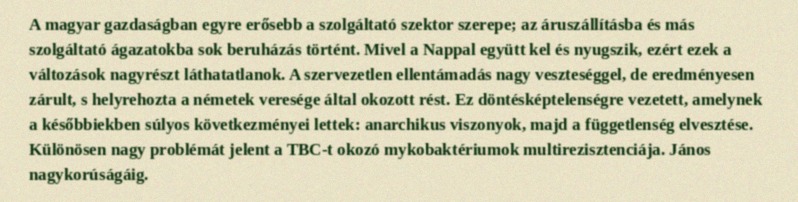
A magyar gazdaságban egyre erősebb a szolgáltató szektor szerepe; az áruszállításba és más szolgáltató ágazatokba sok beruházás történt. Mivel a Nappal együtt kel és nyugszik, ezért ezek a változások nagyrészt láthatatlanok. A szervezetlen ellentámadás nagy veszteséggel, de eredményesen zárult, s helyrehozta a németek veresége által okozott rést. Ez döntésképtelenségre vezetett, amelynek a későbbiekben súlyos következményei lettek: anarchikus viszonyok, majd a függetlenség elvesztése. Különösen nagy problémát jelent a TBC-t okozó mykobaktériumok multirezisztenciája. János nagykorúságáig.